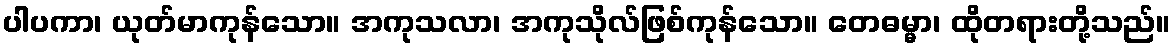
ပါပကာ၊ ယုတ်မာကုန်သော။ အကုသလာ၊ အကုသိုလ်ဖြစ်ကုန်သော။ တေဓမ္မာ၊ ထိုတရားတို့သည်။